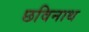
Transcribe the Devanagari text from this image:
छविनाथ